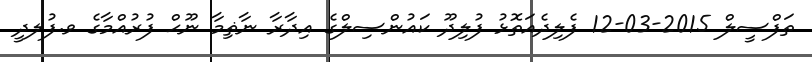
ތަފްސީލް 2015-03-12 ފެލިދެއަތޮޅު ފުލިދޫ ކައުންސިލްގެ އިދާރާ ނާޡިމާ ނޫޙް ފުރުއްމާގެ ވ.ފުލދީ